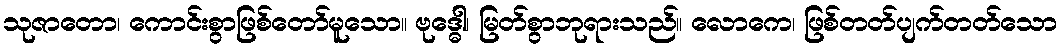
သုဇာတော၊ ကောင်းစွာဖြစ်တော်မူသော။ ဗုဒ္ဓေါ၊ မြတ်စွာဘုရားသည်။ လောကေ၊ ဖြစ်တတ်ပျက်တတ်သော